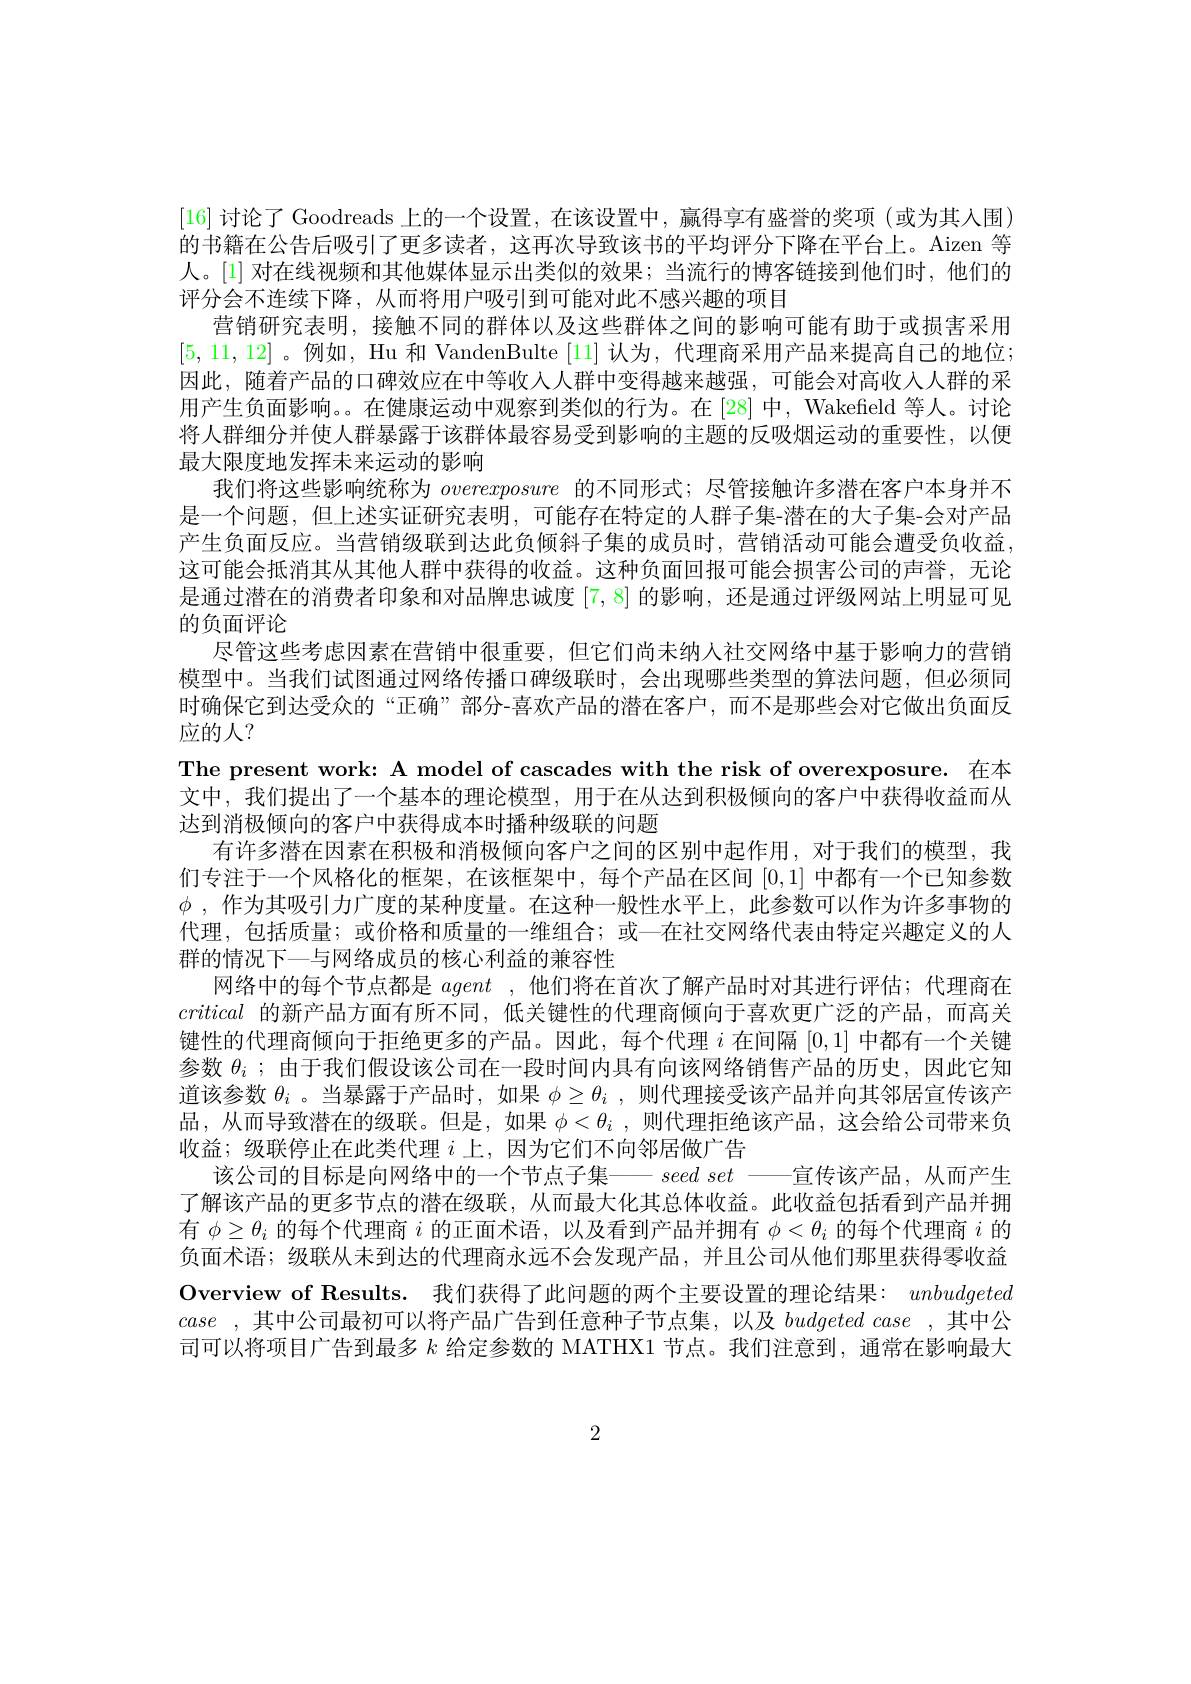
[16]讨论了 Goodreads 上的一个设置，在该设置中，赢得享有盛誉的奖项(或为其人围) 的书籍在公告后吸引了更多读者，这再次导致该书的平均评分下降在平台上。Aizen 等人。[1] 对在线视频和其他媒体显示出类似的效果；当流行的博客链接到他们时，他们的评分会不连续下降，从而将用户吸引到可能对此不感兴趣的项目
营销研究表明，接触不同的群体以及这些群体之间的影响可能有助于或损害采用[5,11,12] 。例如，Hu 和 VandenBulte [11] 认为，代理商采用产品来提高自己的地位； 因此，随着产品的口碑效应在中等收入人群中变得越来越强，可能会对高收人人群的采用产生负面影响。。在健康运动中观察到类似的行为。在[28] 中，Wakefield 等人。讨论将人群细分并使人群暴露于该群体最容易受到影响的主题的反吸烟运动的重要性，以便最大限度地发挥未来运动的影响
我们将这些影响统称为overexposure的不同形式；尽管接触许多潜在客户本身并不是一个问题，但上述实证研究表明，可能存在特定的人群子集-潜在的大子集-会对产品产生负面反应。当营销级联到达此负倾斜子集的成员时，营销活动可能会遭受负收益， 这可能会抵消其从其他人群中获得的收益。这种负面回报可能会损害公司的声誉，无论是通过潜在的消费者印象和对品牌忠诚度[7,8]的影响，还是通过评级网站上明显可见的负面评论
尽管这些考虑因素在营销中很重要，但它们尚未纳人社交网络中基于影响力的营销模型中。当我们试图通过网络传播口碑级联时，会出现哪些类型的算法问题，但必须同时确保它到达受众的“正确”部分-喜欢产品的潜在客户，而不是那些会对它做出负面反应的人？
The present work: A model of cascades with the risk of overexposure. 在本文中，我们提出了一个基本的理论模型，用于在从达到积极倾向的客户中获得收益而从达到消极倾向的客户中获得成本时播种级联的问题
有许多潜在因素在积极和消极倾向客户之间的区别中起作用，对于我们的模型，我们专注于一个风格化的框架，在该框架中，每个产品在区间[0,1]中都有一个已知参数$\phi$ ,作为其吸引力广度的某种度量。在这种一般性水平上，此参数可以作为许多事物的代理，包括质量；或价格和质量的一维组合；或—在社交网络代表由特定兴趣定义的人群的情况下一与网络成员的核心利益的兼容性
网络中的每个节点都是agent ,他们将在首次了解产品时对其进行评估；代理商在critical的新产品方面有所不同，低关键性的代理商倾向于喜欢更广泛的产品，而高关键性的代理商倾向于拒绝更多的产品。因此，每个代理$i$在间隔[0,1]中都有一个关键参数$\theta_i$ ;由于我们假设该公司在一段时间内具有向该网络销售产品的历史，因此它知道该参数$\theta_i$ 。当暴露于产品时，如果$\phi\geq\theta_i$ ,则代理接受该产品并向其邻居宣传该产品，从而导致潜在的级联。但是，如果$\phi < \theta _i$ , 则代理拒绝该产品，这会给公司带来负收益；级联停止在此类代理$i$上，因为它们不向邻居做广告
该公司的目标是向网络中的一个节点子集—— seedset——宣传该产品，从而产生了解该产品的更多节点的潜在级联，从而最大化其总体收益。此收益包括看到产品并拥有$\phi\geq\theta_i$的每个代理商$i$的正面术语，以及看到产品并拥有$\phi<\theta_i$的每个代理商$i$的负面术语；级联从未到达的代理商永远不会发现产品，并且公司从他们那里获得零收益Overview of Results. 我 们 获 得 了 此 问 题 的 两 个 主 要 设 置 的 理 论 结 果 : unbudgeted case ,其中公司最初可以将产品广告到任意种子节点集，以及 budgetedcase ,其中公司可以将项目广告到最多$k$给定参数的 MATHX1 节点。我们注意到，通常在影响最大

2